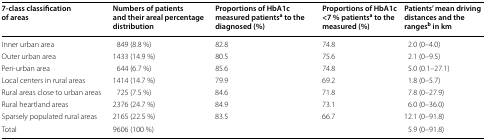
<table><thead><tr><td><b>7-class classification of areas</b></td><td><b>Numbers of patients and their areal percentage distribution</b></td><td><b>Proportions of HbA1c measured patients<sup>a</sup> to the diagnosed (%)</b></td><td><b>Proportions of HbA1c &lt;7 % patients<sup>a</sup> to the measured (%)</b></td><td><b>Patients’ mean driving distances and the ranges<sup>b</sup> in km</b></td></tr></thead><tbody><tr><td>Inner urban area</td><td>849 (8.8 %)</td><td>82.8</td><td>74.8</td><td>2.0 (0–4.0)</td></tr><tr><td>Outer urban area</td><td>1433 (14.9 %)</td><td>80.5</td><td>75.6</td><td>2.1 (0–9.5)</td></tr><tr><td>Peri-urban area</td><td>644 (6.7 %)</td><td>85.6</td><td>74.8</td><td>5.0 (0.1–27.1)</td></tr><tr><td>Local centers in rural areas</td><td>1414 (14.7 %)</td><td>79.9</td><td>69.2</td><td>1.8 (0–5.7)</td></tr><tr><td>Rural areas close to urban areas</td><td>725 (7.5 %)</td><td>84.6</td><td>71.8</td><td>7.8 (0–27.9)</td></tr><tr><td>Rural heartland areas</td><td>2376 (24.7 %)</td><td>84.9</td><td>73.1</td><td>6.0 (0–36.0)</td></tr><tr><td>Sparsely populated rural areas</td><td>2165 (22.5 %)</td><td>83.5</td><td>66.7</td><td>12.1 (0–91.8)</td></tr><tr><td>Total</td><td>9606 (100 %)</td><td></td><td></td><td>5.9 (0–91.8)</td></tr></tbody></table>